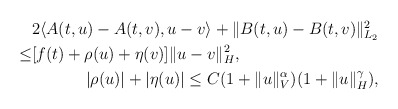
\begin{align*} \begin{aligned}& 2 \langle A(t,u)-A(t,v), u-v \rangle + \Vert B(t,u)-B(t,v)\Vert_{L_2}^2 \\\leq & [f(t)+ \rho(u)+\eta(v) ] \Vert u-v\Vert_{H}^2 , \\\end{aligned}\\ |\rho(u)|+|\eta(u)| \leq C (1+ \Vert u\Vert_V^{\alpha} )(1+\Vert u\Vert_H^{\gamma}),\end{align*}